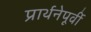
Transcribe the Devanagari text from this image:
प्रार्थनेपूर्वी